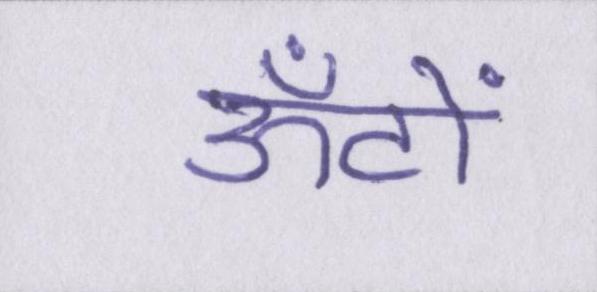
ऊँटों